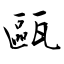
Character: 甌